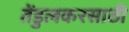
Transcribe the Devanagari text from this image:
तेंडुलकरसाठी